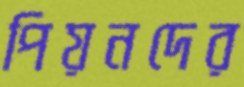
পিয়নদের